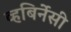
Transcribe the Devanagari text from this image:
व्हबिर्नेसी